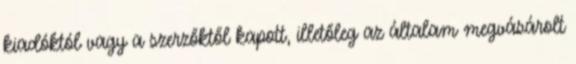
kiadóktól vagy a szerzőktől kapott, illetőleg az általam megvásárolt